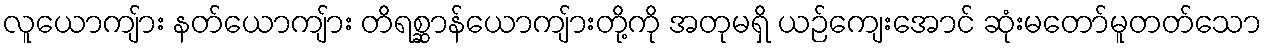
လူယောကျ်ား နတ်ယောကျ်ား တိရစ္ဆာန်ယောကျ်ားတို့ကို အတုမရှိ ယဉ်ကျေးအောင် ဆုံးမတော်မူတတ်သော